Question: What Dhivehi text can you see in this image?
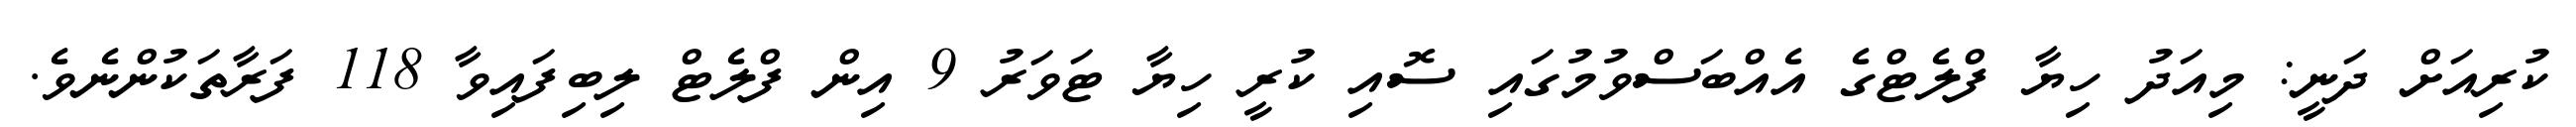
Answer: ކުރިއަށް ދަނީ: މިއަދު ހިޔާ ފްލެޓްގެ އެއްބަސްވުމުގައި ސޮއި ކުރީ ހިޔާ ޓަވަރު 9 އިން ފްލެޓް ލިބިފައިވާ 118 ފަރާތަކުންނެވެ.